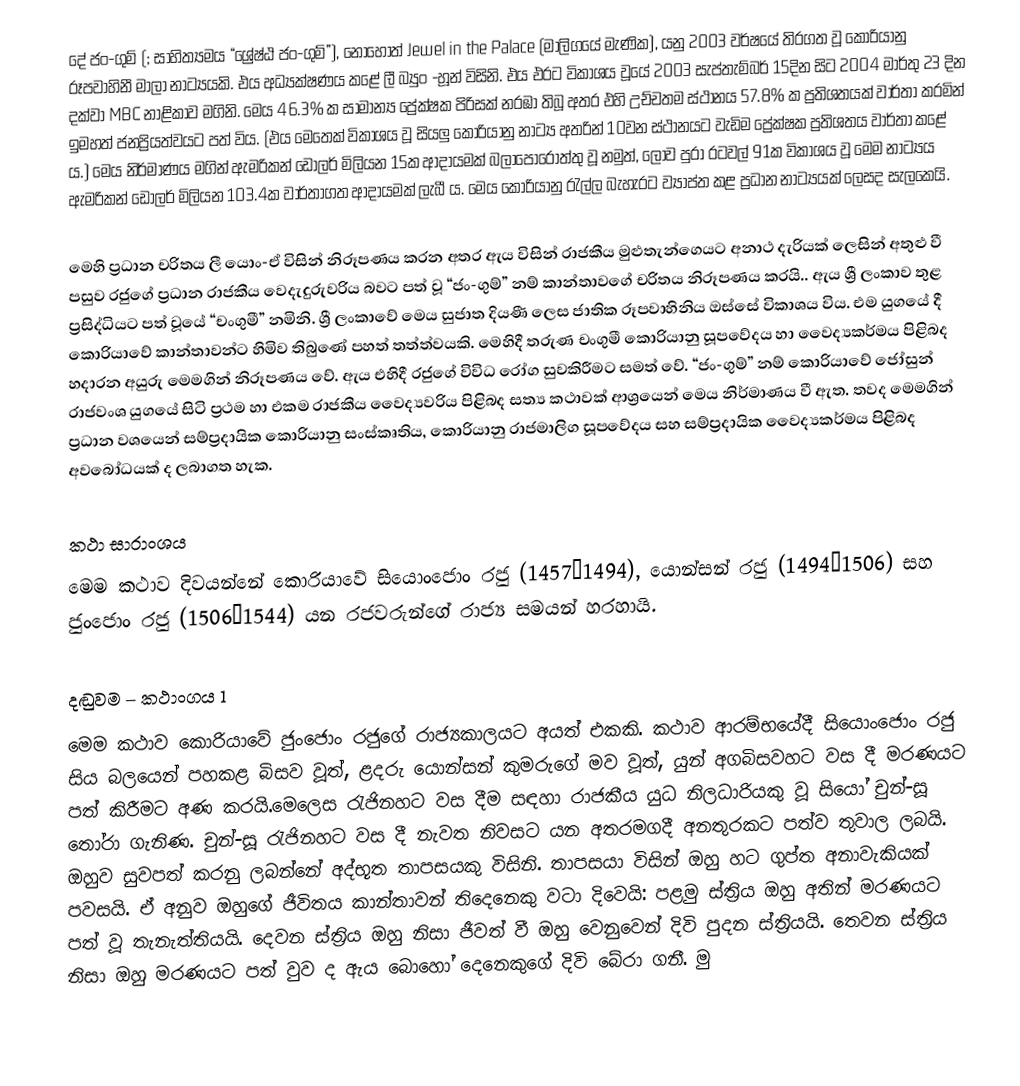
දේ ජං-ගුම් (; සාහිත්‍යමය “ශ්‍රේෂ්ඨ ජං-ගුම්”), නොහොත් Jewel in the Palace (මාලිගයේ මැණික), යනු 2003 වර්ෂයේ තිරගත වූ කොරියානු රූපවාහිනී මාලා නාට්‍යයකි.  එය අධ්‍යක්ෂණය කළේ ලී බ්‍යුං -හූන් විසිනි. එය එරට විකාශය වූයේ 2003 සැප්තැම්බර් 15දින සිට 2004 මාර්තු 23 දින දක්වා MBC නාළිකාව මගිනි. මෙය 46.3% ක සාමාන්‍ය ප්‍රේක්ෂක පිරිසක් නරඹා තිබූ  අතර එහි උච්චතම ස්ථානය 57.8% ක ප්‍රතිශතයක් වාර්තා කරමින් ඉමහත් ජනප්‍රියත්වයට පත් විය. (එය මෙතෙක් විකාශය වූ සියලු කොරියානු නාට්‍ය අතරින් 10වන ස්ථාන‍යට වැඩිම ප්‍රේක්ෂක ප්‍රතිශතය වාර්තා කළේ ය.) මෙය නිර්මාණය මගින් ඇමරිකන් ඩොලර් මිලියන 15ක ආදායමක් බලාපොරොත්තු වූ නමුත්, ලොව පුරා රටවල් 91ක විකාශය වූ මෙම නාට්‍යය ‍ඇමරිකන් ඩොලර් මිලියන 103.4ක වාර්තාගත ආදායමක් ලැබී ය.  මෙය කොරියානු රැල්ල බැහැරට ව්‍යාප්ත කළ ප්‍රධාන නාට්‍යයක් ලෙසද සැලකෙයි.

මෙහි ප්‍රධාන චරිතය ලී යොං-ඒ විසින් නිරූපණය කරන අතර ඇය විසින් රාජකීය මුළුතැන්ගෙයට අනාථ දැරියක් ලෙසින් අතුළු වී පසුව රජුගේ ප්‍රධාන රාජකීය වෙදැදුරුවරිය බවට පත් වූ  “ජං-ගුම්” නම් කාන්තාවගේ චරිතය නිරූපණය කරයි.. ඇය ශ්‍රී ලංකාව තුළ ප්‍රසිද්ධියට පත් වූයේ “චංගුමී”   නමිනි. ශ්‍රී ලංකාවේ මෙය සුජාත දියණී ලෙස ජාතික රූපවාහිනිය ඔස්සේ විකාශය විය. එම යුගයේ දී කොරියාවේ කාන්තාවන්ට හිමිව තිබුණේ පහත් තත්ත්වයකි. මෙහිදී තරුණ චංගුමී කොරියානු සූපවේදය හා වෛද්‍යකර්මය පිළිබද හදාරන අයුරු මෙමගින් නිරූපණය වේ.  ඇය එහිදී රජුගේ විවිධ රෝග සුවකිරී‍ම‍ට සමත් වේ. “ජං-ගුම්” නම් කොරියාවේ ජෝසුන් රාජවංශ යුගයේ සිටි ප්‍රථම හා එකම රාජකීය වෛද්‍යවරිය පිළිබද සත්‍ය කථාවක් ආශ්‍රයෙන් මෙය නිර්මාණය වී ඇත.  තවද මෙමගින් ප්‍රධාන වශයෙන් සම්ප්‍රදායික කොරියානු සංස්කෘතිය, කොරියානු රාජමාලිග සූපවේදය සහ සම්ප්‍රදායික වෛද්‍යකර්මය පිළිබද අවබෝධයක් ද ලබාගත හැක.

කථා සාරාංශය
මෙම කථාව දිවයන්නේ කොරියාවේ සියොංජොං රජු (1457–1494), යොන්සන් රජු (1494–1506) සහ ජුංජොං රජු (1506–1544) යන රජවරුන්ගේ රාජ්‍ය සමයන් හරහායි.

දඬුවම – කථාංගය 1
මෙම කථාව කොරියාවේ ජුංජොං රජුගේ රාජ්‍යකාලයට අයත් එකකි. කථා‍ව ආරම්භයේදී සියොංජොං රජු සිය බලයෙන් පහකළ බිසව වූත්, ළදරු යොන්සන් කුමරුගේ මව වූත්, යුන් අගබිසවහට වස දී මරණයට පත් කිරීමට අණ කරයි.මෙලෙස රැජිනහට වස දීම සඳහා රාජකීය යුධ නිලධාරියකු වූ සියෝ චුන්-සූ තෝරා ගැනිණ. චුන්-සූ රැජිනහට වස දී නැවත නිවසට යන අතරමගදී අනතුරකට පත්ව තුවාල ලබයි. ඔහුව සුවපත් කරනු ලබන්නේ අද්භූත තාපසයකු විසිනි. තාපසයා විසින් ඔහු හට ගුප්ත අනාවැකියක් පවසයි. ඒ අනුව ඔහුගේ ජීවිතය කාන්තාවන් තිදෙනෙකු වටා දිවෙයි: පළමු ස්ත්‍රිය ඔහු අතින් මරණයට පත් වූ තැනැත්තියයි. දෙවන ස්ත්‍රිය ඔහු නිසා ජීවත් වී ඔහු වෙනුවෙන් දිවි පුදන ස්ත්‍රියයි. තෙවන ස්ත්‍රිය නිසා ඔහු මරණයට පත් වුව ද ඇය බොහෝ දෙනෙකුගේ දිවි බේරා ගනී. මු